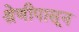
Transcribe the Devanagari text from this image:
श्रेणीपासून